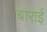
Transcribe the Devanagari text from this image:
बाराई